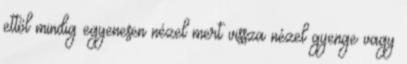
ettől mindig egyenesen nézel mert vissza nézel gyenge vagy